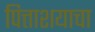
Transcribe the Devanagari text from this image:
पित्ताशयाचा